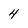
Character: 4